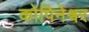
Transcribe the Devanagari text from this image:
कोपिनेश्वर